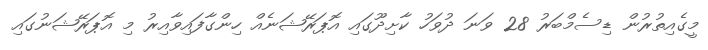
މީގެއިތުރުން ޑިސެމްބަރު 28 ވަނަ ދުވަހު ކާށިދޫގައި އޮޕަރޭޝަނެއް ހިންގާފައިވާއިރު މި އޮޕަރޭޝަނުގައި